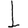
Digit: 1